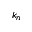
k _ { n }